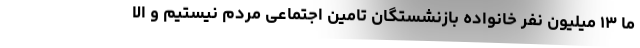
ما ۱۳ میلیون نفر خانواده بازنشستگان تامین اجتماعی مردم نیستیم و الا